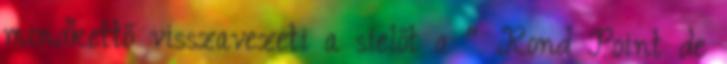
mindkettő visszavezeti a síelőt a " Rond Point de